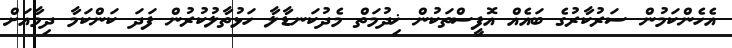
އެހެންކަމުން ސަރުކާރުގެ ބައެއް އޮފީސްތަކުން ޚިދުމަތް މެދުކަނޑާލާ ހަޅުތާލުކުރުން ފަދަ ކަންކަމާ ދިމާއަށް